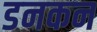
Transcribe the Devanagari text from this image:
डनकन